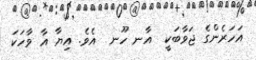
އަހަރެންގެ ޖަވާބަކީ  އާނ ހޫނ  އެވެ. އިޔާ އާ ވާހަކަ